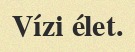
Vízi élet.